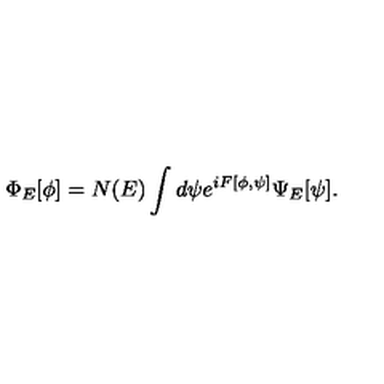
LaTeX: \Phi _ { E } [ \phi ] = N ( E ) \int d \psi e ^ { i F [ \phi , \psi ] } \Psi _ { E } [ \psi ] .